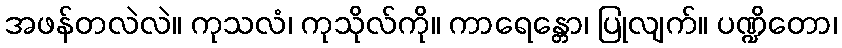
အဖန်တလဲလဲ။ ကုသလံ၊ ကုသိုလ်ကို။ ကာရေန္တော၊ ပြုလျက်။ ပဏ္ဍိတော၊